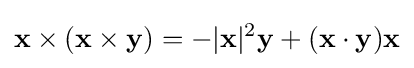
\mathbf {x} \times (\mathbf {x} \times \mathbf {y} )=-|\mathbf {x} |^{2}\mathbf {y} +(\mathbf {x} \cdot \mathbf {y} )\mathbf {x}